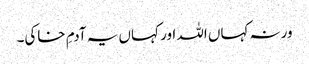
ورنہ کہاں اللہ اور کہاں یہ آدمِ خاکی۔